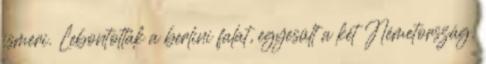
ismeri. Lebontották a berlini falat, egyesült a két Németország.